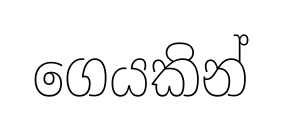
ගෙයකින්